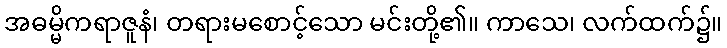
အဓမ္မိကရာဇူနံ၊ တရားမစောင့်သော မင်းတို့၏။ ကာသေ၊ လက်ထက်၌။